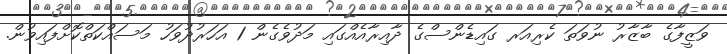
ވަޒީފާގެ ބާޒާރު ނުވަތަ ކެރިއަރ ގައިޑެންސްގެ ދާއިރާއެއްގައި މަދުވެގެން 1 އަހަރުދުވަހު މަސައްކަތްކޮށްފައިވުން.